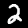
Label: 2